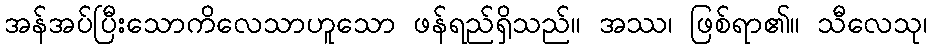
အန်အပ်ပြီးသောကိလေသာဟူသော ဖန်ရည်ရှိသည်။ အဿ၊ ဖြစ်ရာ၏။ သီလေသု၊